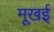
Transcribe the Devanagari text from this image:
मूखई